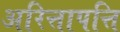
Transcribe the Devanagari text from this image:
अरित्तापत्ति